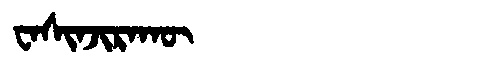
Manchu: ᠸᠠᠰᡳᠨᠵᡳᡵᠠᡴᡡ
Romanization: WASINJIRAKŪ